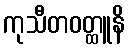
ကုသီတဝတ္ထူနိ